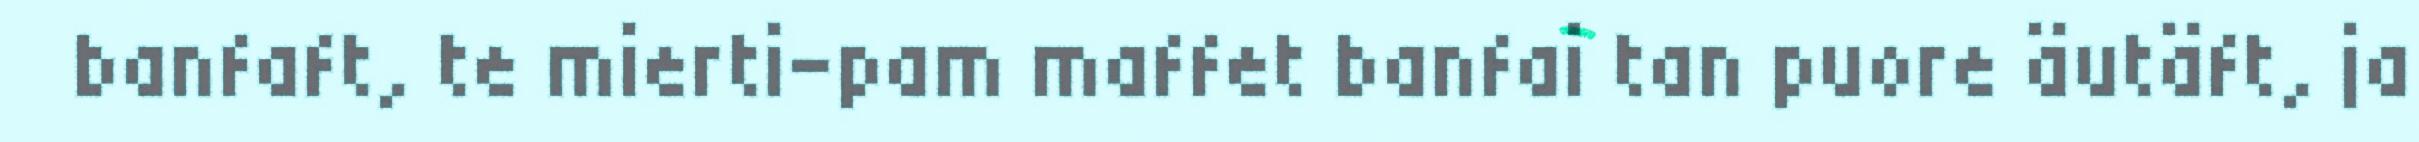
banfaft, te mierti-pam maffet banfai tan puore äutäft, ja